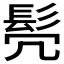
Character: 𫘻